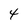
Character: 4